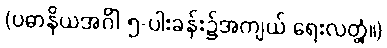
(ပဓာနိယအင်္ဂါ ၅-ပါးခန်း၌အကျယ် ရေးလတ္တံ့။)